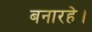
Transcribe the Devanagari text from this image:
बनारहे।